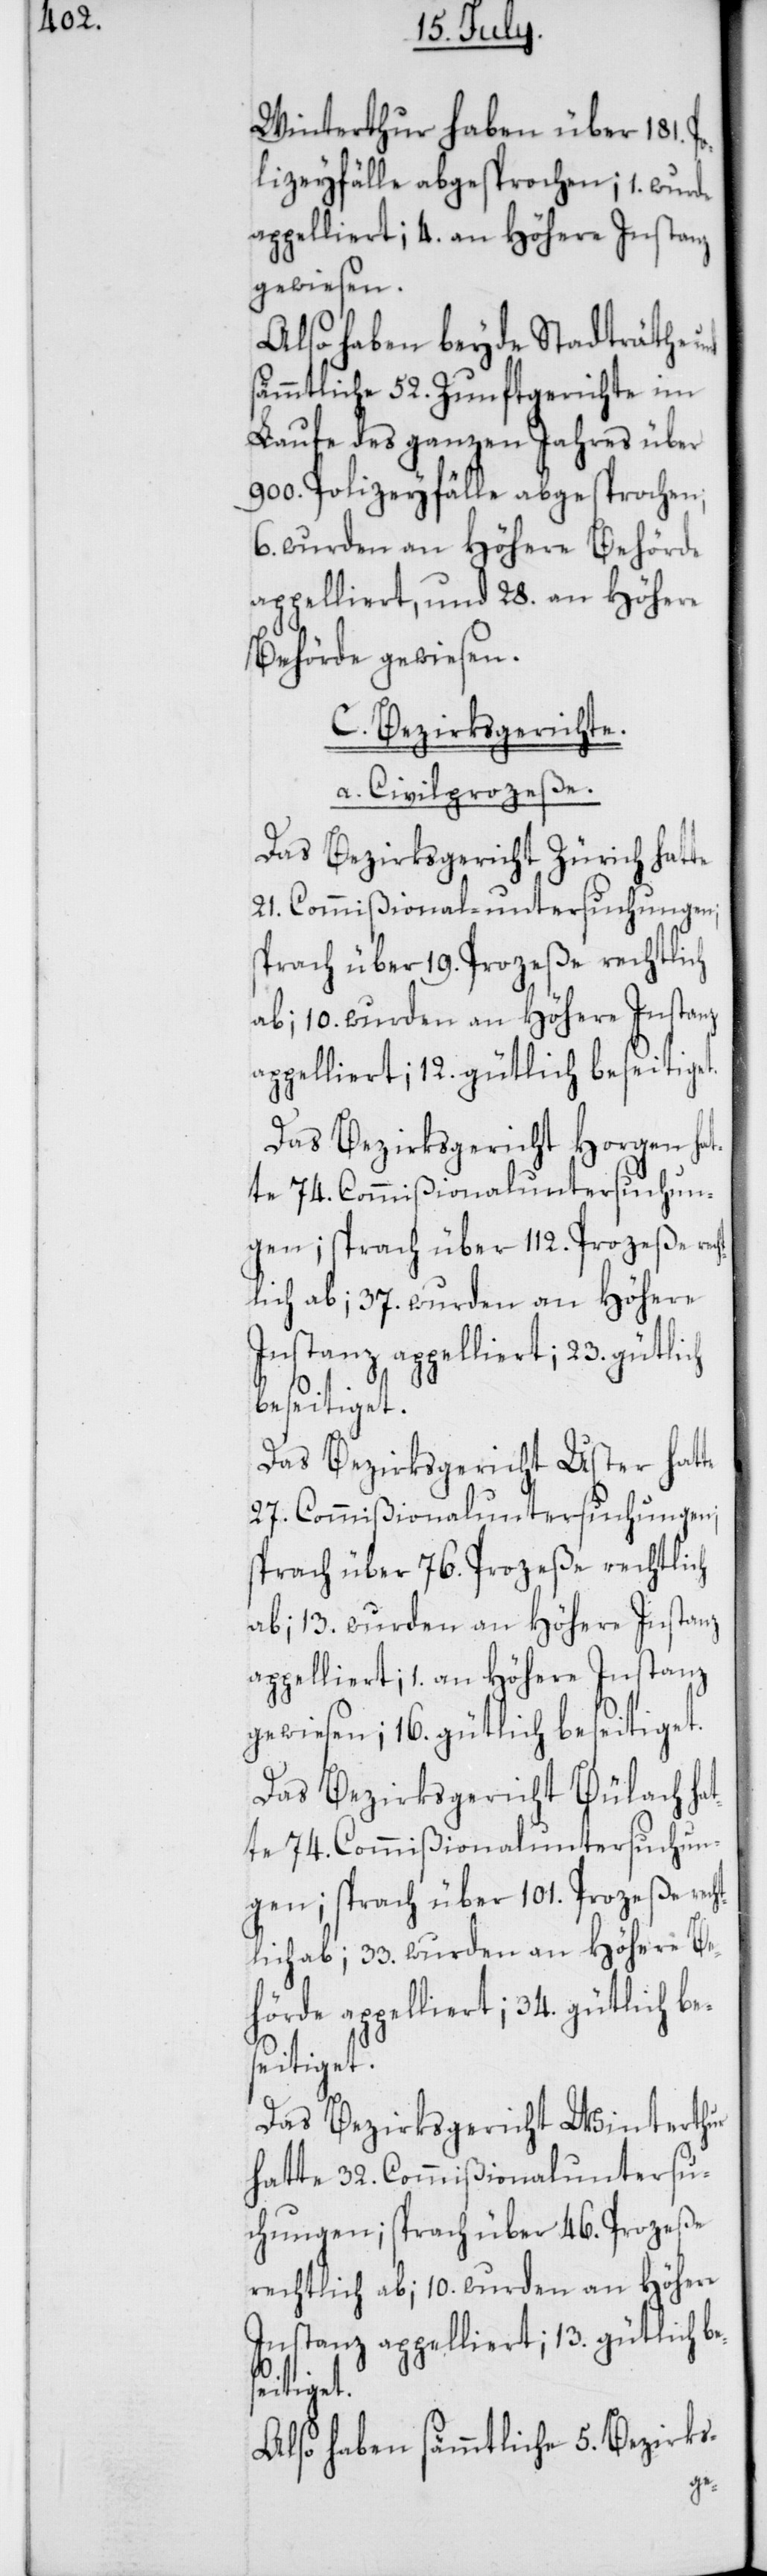
Winterthur haben über 181. Po¬
lizeyfälle abgesprochen; 1. wurde
appelliert; 4. an Höhere Instanz
gewiesen.
Also haben beyde Stadträthe
sämmtliche 52. Zunftgerichte im
Laufe des ganzen Jahres über
900. Polizeyfälle abgesprochen;
6. wurden an Höhere Behörde
appelliert, und 28. an Höhere
Behörde gewiesen.
C. Bezirksgerichte.
a. Civilproceße.
Das Bezirksgericht Zürich hatte
21. Commißional-untersuchungen;
sprach über 19. Proceße rechtlich
appelliert; 12. gütlich beseitiget.
Das Bezirksgericht Horgen hat¬
tlich ab; 37. wurden an Höhere
Instanz appelliert; 23. gütlich
beseitiget.
Das Bezirksgericht Uster hatte
27. Commißionaluntersuchungen;
sprach über 76. Proceße rechtlich
ab; 13. wurden an Höhere Instanz
appelliert; 1. an Höhere Instanz
gewiesen; 16. gütlich beseitiget.
Das Bezirksgericht Bülach ha¬
tte 74. Commißionaluntersuchun¬
gen; sprach über 101. Proceße rech¬
tlich ab; 33. wurden an Höhere Be¬
hörde appelliert; 34. gütlich be¬
seitiget.
Das Bezirksgericht Winterthur
hatte 32. Commißionaluntersu¬
chungen; sprach über 46. Prozeße
rechtlich ab; 10. wurden an Höhere
Instanz appelliert; 13. gütlich be¬
seitiget.
Also haben sämmtliche 5. Bezirks-